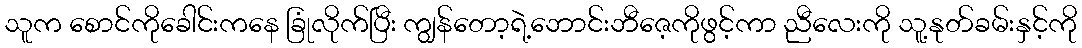
သူက စောင်ကိုခေါင်းကနေ ခြုံလိုက်ပြီး ကျွန်တော့ရဲ့ဘောင်းဘီဇေ့ကိုဖွင့်ကာ ညီလေးကို သူ့နုတ်ခမ်းနှင့်ကို